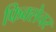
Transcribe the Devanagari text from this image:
फिक्सेचर